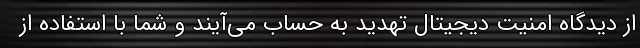
از دیدگاه امنیت دیجیتال تهدید به حساب می‌آیند و شما با استفاده از